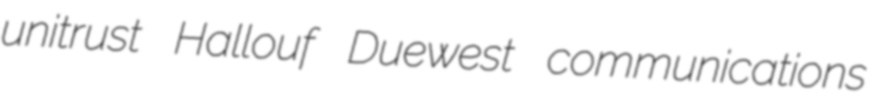
unitrust Hallouf Duewest communications